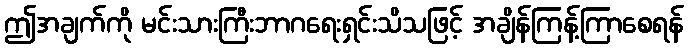
ဤအချက်ကို မင်းသားကြီးဘာဂရေးရှင်းသိသဖြင့် အချိန်ကြန့်ကြာစေရန်